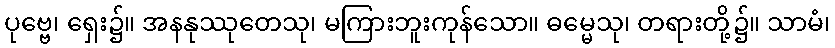
ပုဗ္ဗေ၊ ရှေး၌။ အနနုဿုတေသု၊ မကြားဘူးကုန်သော။ ဓမ္မေသု၊ တရားတို့၌။ သာမံ၊